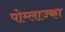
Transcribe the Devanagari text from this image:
पोम्लाज्का